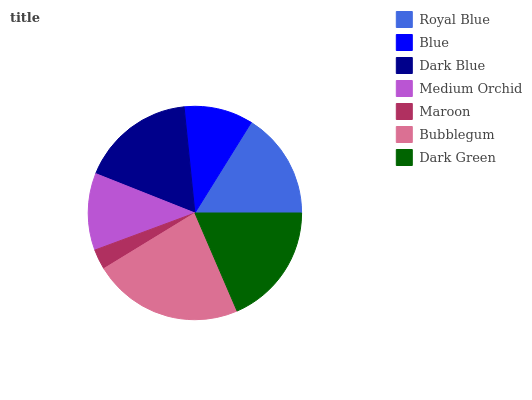
| Royal Blue | Blue | Dark Blue | Medium Orchid | Maroon | Bubblegum | Dark Green |
 | --- | --- | --- | --- | --- | --- | --- |
 | 16.1% | 10.5% | 17.4% | 11.7% | 3.08% | 22.8% | 18.5% |